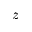
z